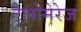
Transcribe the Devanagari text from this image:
टेलोमेरेज